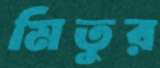
মিতুর